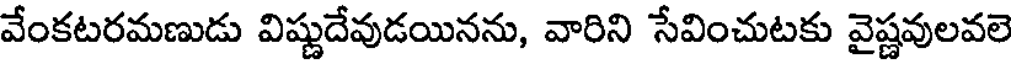
వేంకటరమణుడు విష్ణుదేవుడయినను, వారిని సేవించుటకు వైష్ణవులవలె